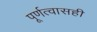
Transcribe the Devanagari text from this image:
पूर्णत्वासही